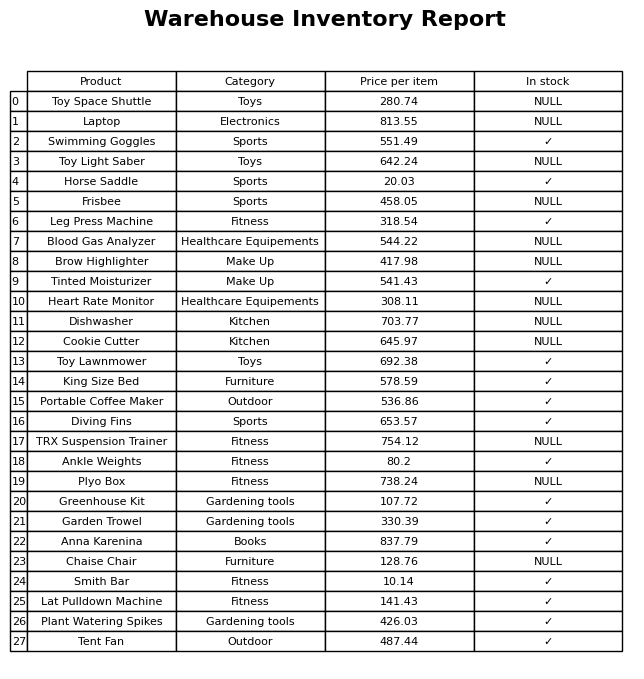
question: What is the price of the Plant Watering Spikes?
answer: The price of Plant Watering Spikes is 426.03.